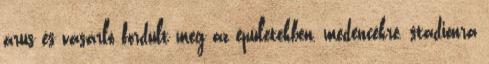
árus és vásárló fordult meg az épületekben, medencékre, stadionra